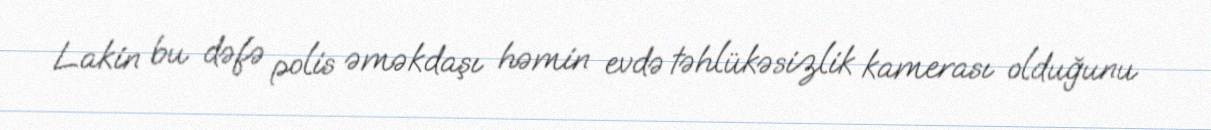
Lakin bu dəfə polis əməkdaşı həmin evdə təhlükəsizlik kamerası olduğunu